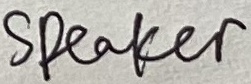
Text: SPEAKER